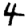
Digit: 4